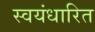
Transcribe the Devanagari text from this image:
स्वयंधारित